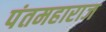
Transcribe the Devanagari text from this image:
पंतमहाराज